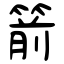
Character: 箭